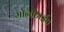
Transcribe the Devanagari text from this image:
मोनोटाईप